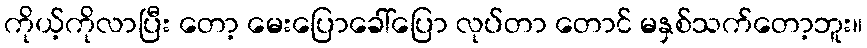
ကိုယ့်ကိုလာပြီး တော့ မေးပြောခေါ်ပြော လုပ်တာ တောင် မနှစ်သက်တော့ဘူး။